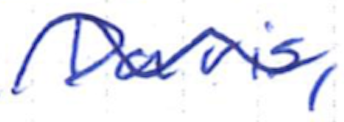
Text: Davis,
Cross-out: wave
Writing tool: ballpoint